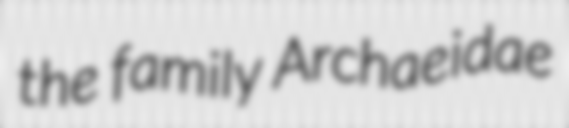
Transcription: the family Archaeidae